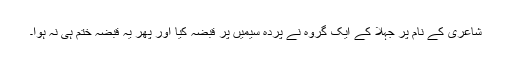
شاعری کے نام پر جہلا کے ایک گروہ نے پردۂ سیمیں پر قبضہ کیا اور پھر یہ قبضہ ختم ہی نہ ہوا۔